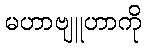
မဟာဗျူဟာကို